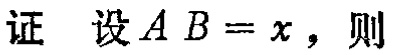
证 设\(AB = x\)，则